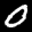
Label: 0